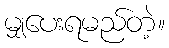
မျှပေးရမည်တဲ့။